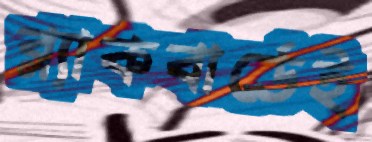
ব্ল্যাকবার্ডেই